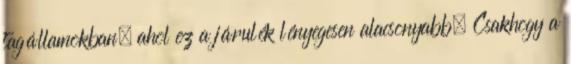
tagállamokban, ahol ez a járulék lényegesen alacsonyabb. Csakhogy a